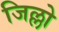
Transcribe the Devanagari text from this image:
जिल्लो